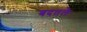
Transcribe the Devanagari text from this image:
बदतले